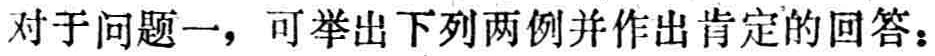
对于问题一，可举出下列两例并作出肯定的回答：